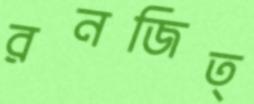
রনজিত্